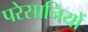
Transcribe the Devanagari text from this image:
परेसानियों